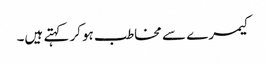
کیمرے سے مخاطب ہوکر کہتے ہیں۔